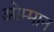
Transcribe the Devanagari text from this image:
ओम्मान